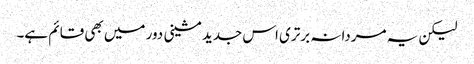
لیکن یہ مردانہ برتری اس جدید مشینی دور میں بھی قائم ہے۔